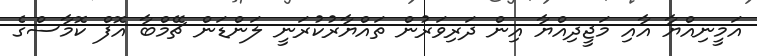
އަމީނިއްޔާ އާއި މަޖީދިއްޔާ އިން ދަރިވަރުން ތައްޔާރުކުރަނީ ލަންޑަން ޗޭމްބާ އޮފް ކޮމާސްގެ